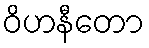
ဝိဟနီတော